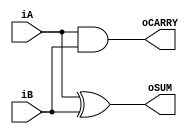
// This program was cloned from: https://github.com/nxbyte/Verilog-Projects
// License: MIT License

`timescale 1ns / 1ps

/*
    Group Members: Luis Calderon and Warren Seto

    Lab Name: Introduction to Xilinx (Lab 1)
    Project Name: eng312_proj1
    Design Name: half_adder
    Design Description: Verilog Code for a half-adder
*/

// Input & Output components to use in the half-adder
module half_adder
(
  input iA,
  input iB,
  output oSUM,
  output oCARRY
);

  // This uses an exclusive OR gate to find the SUM of two inputs
  assign oSUM = iA ^ iB;

  // This uses an AND gate to find the CARRY of two inputs
  assign oCARRY = iA & iB;
endmodule